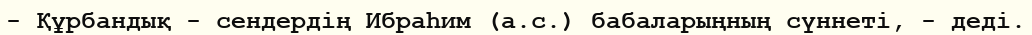
- Құрбандық - сендердің Ибраһим (а.с.) бабаларыңның сүннеті, - деді.